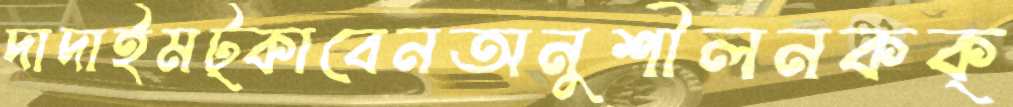
দাদাইমট্‌কাবেনঅনুশীলনকক্